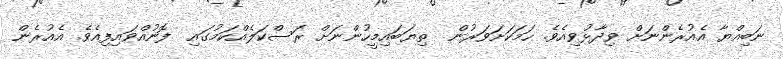
ނަބިއްޔާ އެއުރެންނަށް ވިދާޅުވިއެވެ. ހަމަކަށަވަރުން  ތިޔަބައިމީހުންނަށް ރަސްކަލެއްކަމުގައި  ފޮނުއްވައިފިއެވެ. އެއުރެން